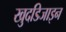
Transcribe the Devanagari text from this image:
खुदडिजाइन